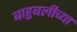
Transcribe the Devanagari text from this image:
बाहुबलीच्या